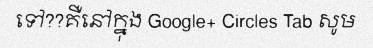
ទៅ??គឺនៅក្នុង Google+ Circles Tab សូម